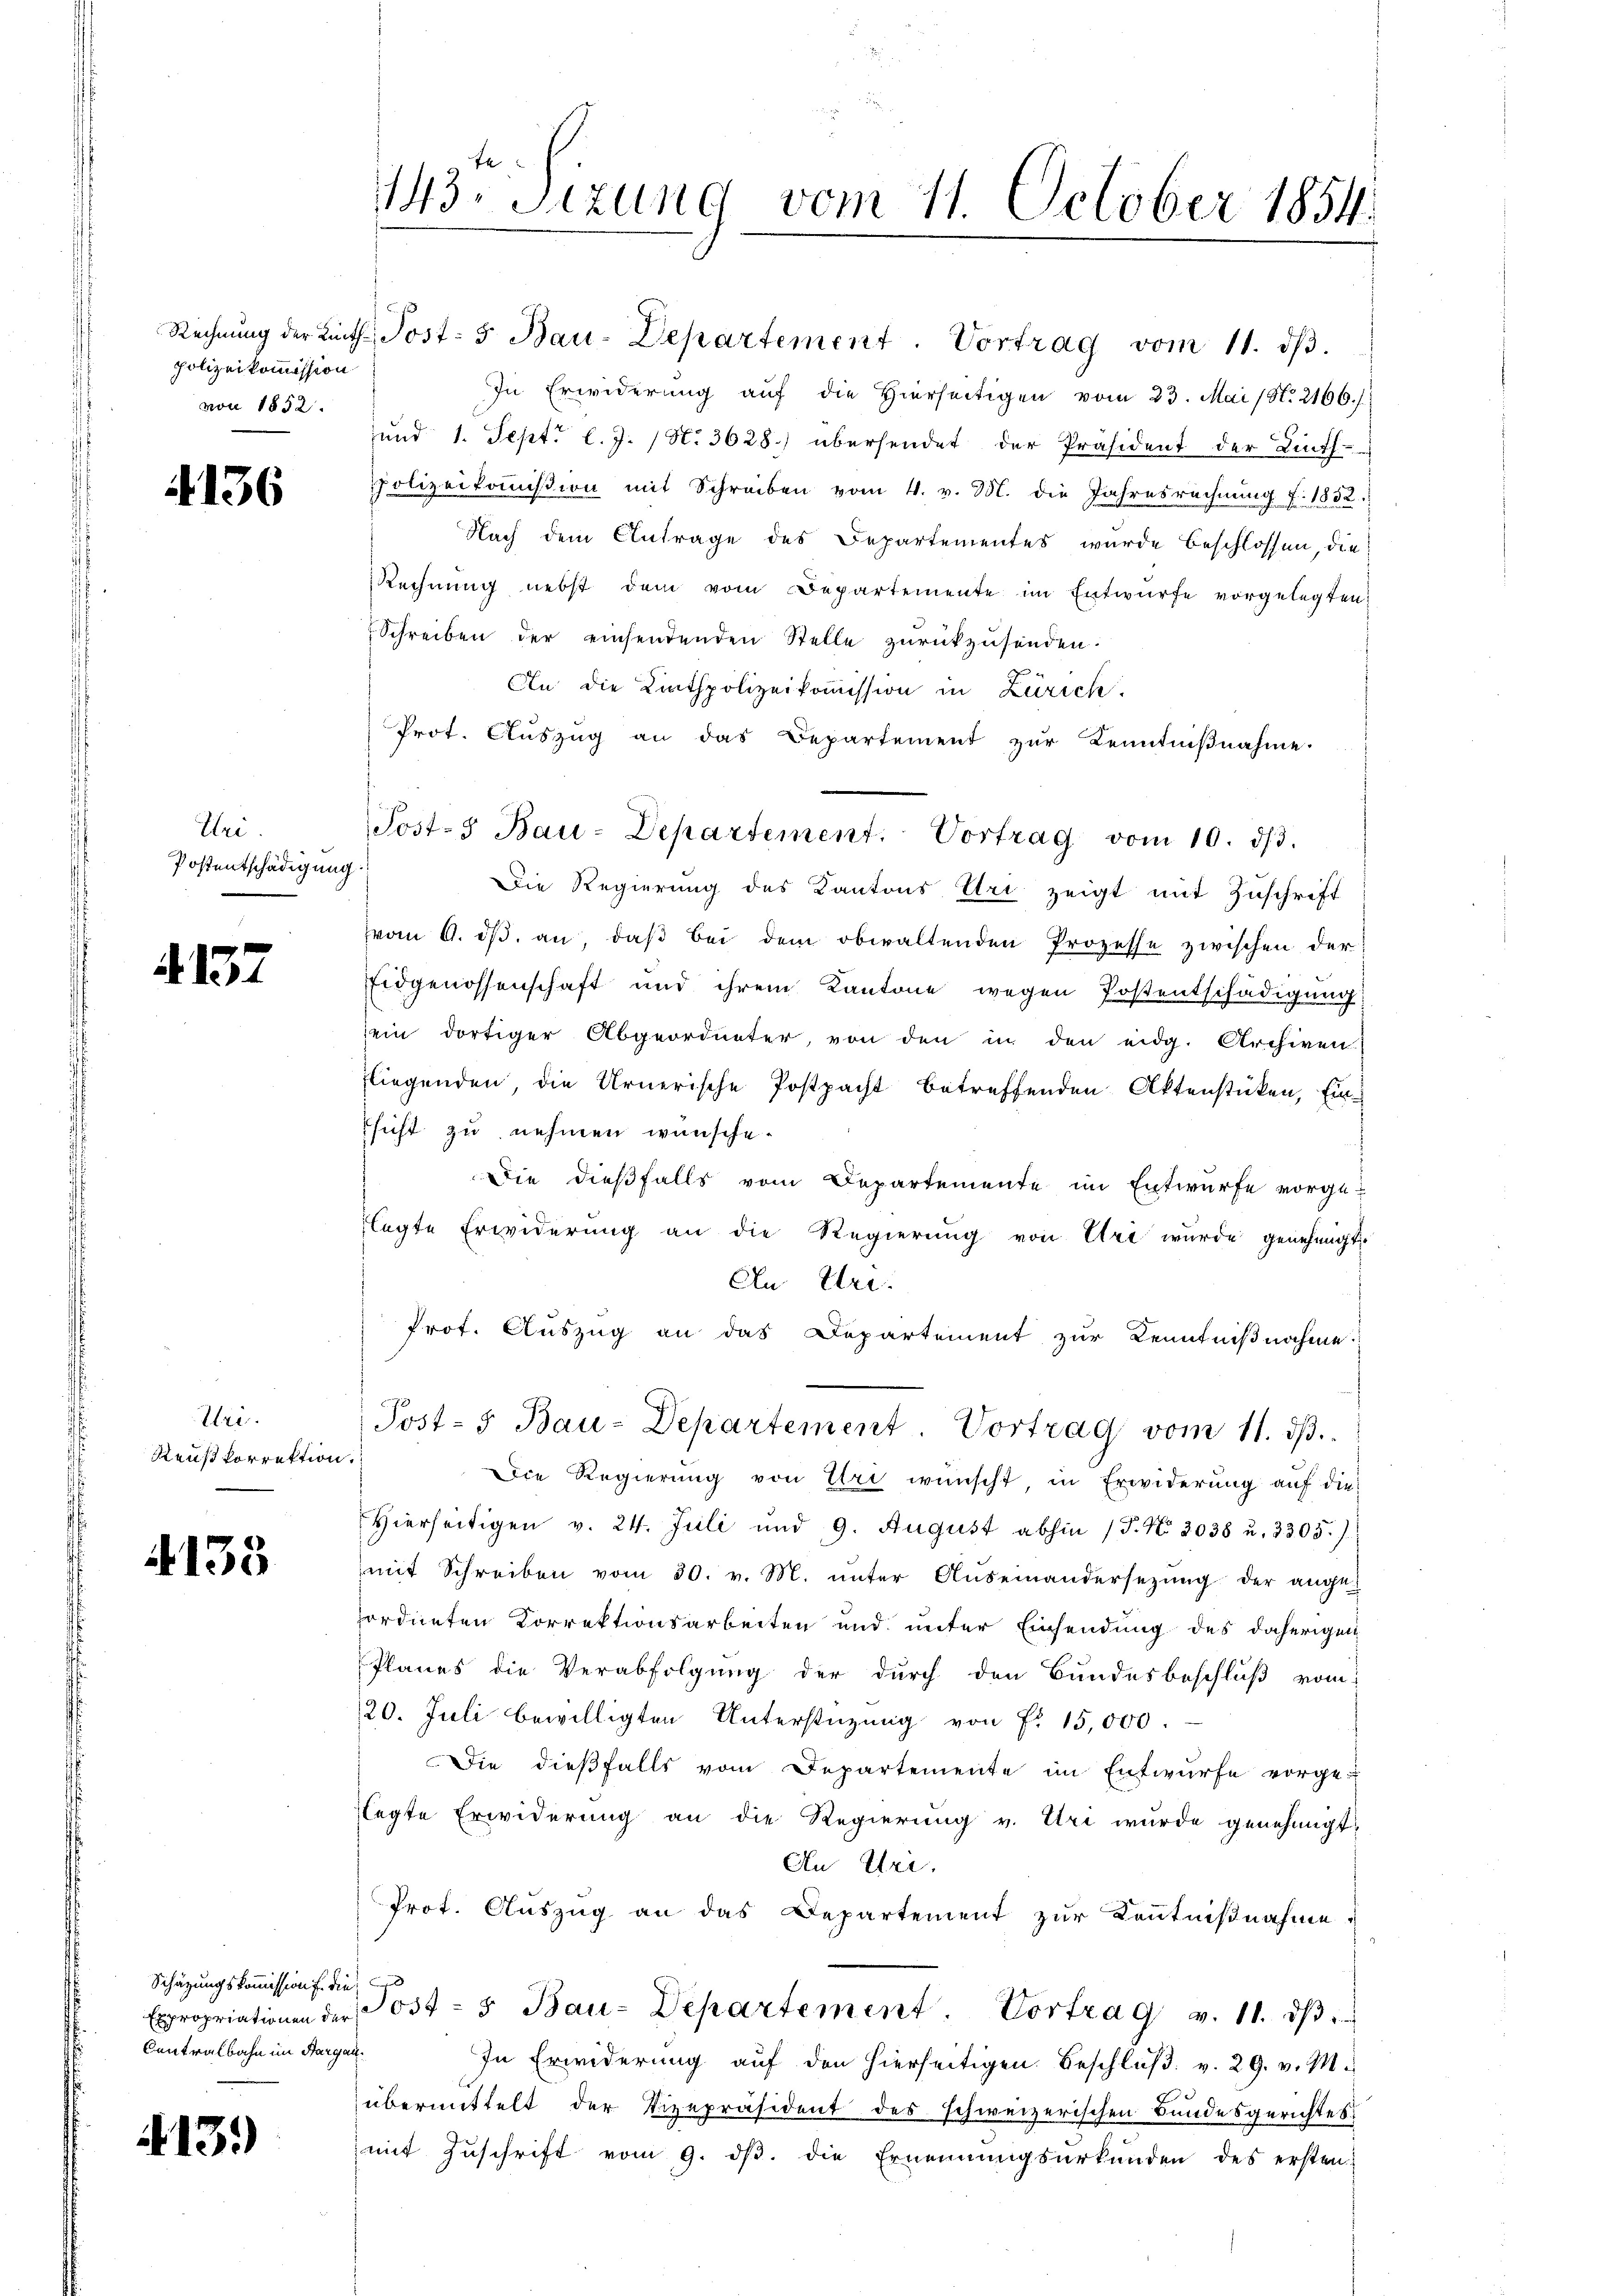
polizeikommission
von 1852.

4136

Uri.
Postentschädigung

4.137

Uri.
Reußkorrektion

133

Schätzungskommission die
Centralbahn im Sargau¬

413.)

143. Sizung vom 11. October 1854

Rechnŭng der Linth. Post- 5. Bau-Departement. Vortrag vom 11. dβ.
In Erwiderung aŭf die hierseitigen vom 23. Mai (S. 2166.
und 1. Sept. l. J. (N. 3628.) übersendet der Präsident der Linth-
polizeikoṁission mit Schreiben vom 4. v. M. die Jahresrechnung f. 1832.
Nach dem Antrage des Departementes wurde beschlossen, die
Rechnung nebst dem vom Departemente im Entwurfe vorgelegten
Schreiben der einsendenden Stelle zŭrückzŭsenden.
An die Linthpolizeikommission in Zürich.
Prot. Aŭszŭg an das Departement zŭr Kenntniβnahme.
Die Regierung des Kantons Uri zeigt mit Zuschrift
vom 6. dβ an, daβ bei dem obwaltenden Prozesse zwischen der
Eidgenossenschaft und ihrem Kantone wegen Postentschädigung
sein dortiger Abgeordneter, von den in den eidg. Archiven
fliegenden, die Urnerische Postpacht betreffenden Aktenstücken, Einssicht zu nehmen wünsche.
Die dießfalls vom Departemente im Entwurfe vorgelagte Erwiderung an die Regierung von Uri wurde genehmigt.
An Uri.
Prot. Auszug an das Departement zur Kenntnißnahme.
Post-5 Bau-Departement. Vortrag vom 11. ds.
f
Die Regierung von Uri wünscht, in Erwiderung auf die
Hierseitigen v. 24. Juli und 9. August abhin (T. No. 2038 u. 3305)
mit Schreiben vom 30. v. M. ŭnter Auseinandersetzŭng der ange-
ordneten Korrektionsarbeiten und unter Einsendung des daherigen
Planes die Verabfolgung der durch den Bundesbeschluß vom
20. Juli bewilligten Unterstüzung von Fr. 15,000.
Die dießfalls vom Departemente im Entwurfe vorge-
legte Erwiderung an die Regierung v. Uri wurde genehmigt,
An Uri.
Prot. Auszug an das Departement zur Kenntnißnahme
Expropriationen der Post- & Bau-Departement. Vortrag v. 11. dβ
In Erwiderung aŭf den hierseitigen. Beschlŭβ: v. 29. v. M.
übermittelt der Vizepräsident des schweizerischen Bundesgerichtes
mit Zuschrift vom 9. ds. die Ernennungsurkunden des ersten

Post-3 Bau-Departement. Vortrag vom 10. dβ.